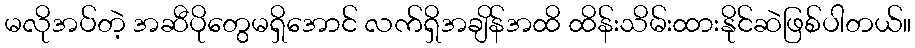
မလိုအပ်တဲ့ အဆီပိုတွေမရှိအောင် လက်ရှိအချိန်အထိ ထိန်းသိမ်းထားနိုင်ဆဲဖြစ်ပါတယ်။